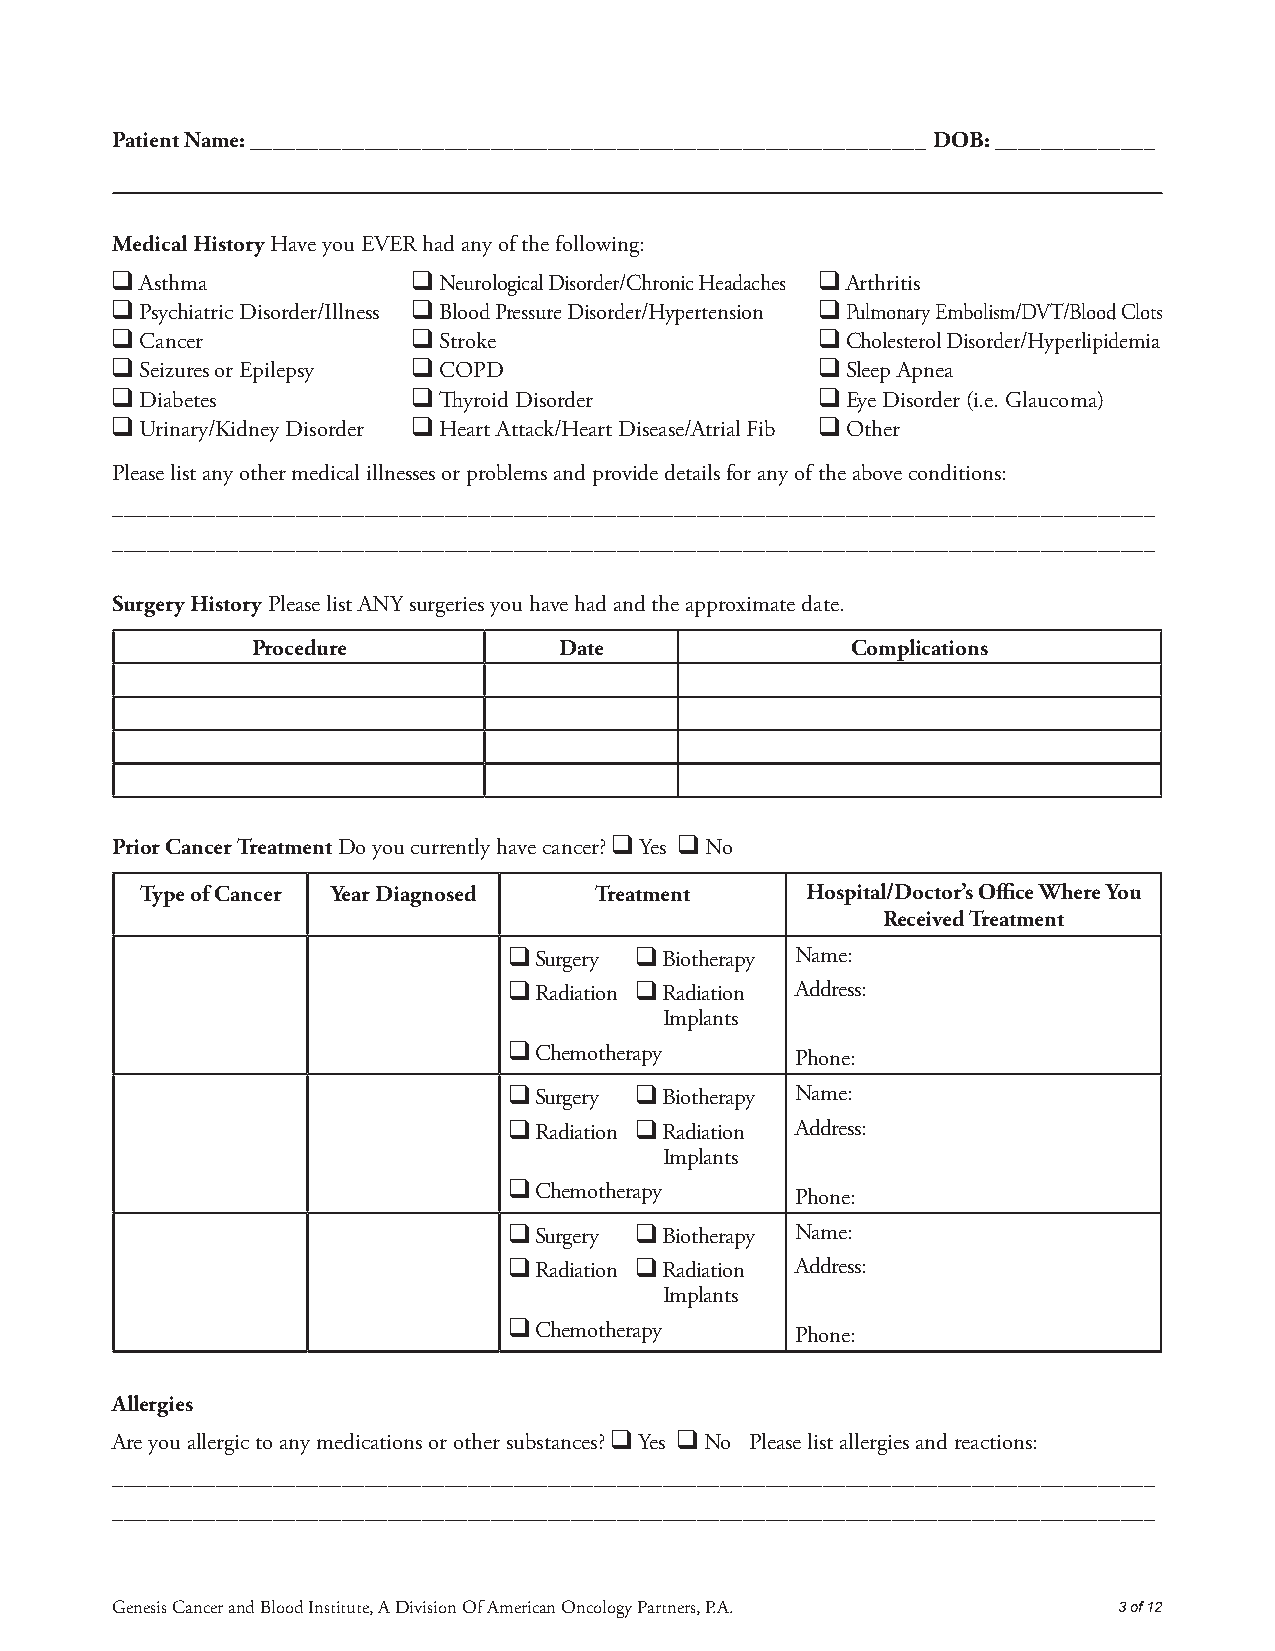
Patient Name: ___________________________________________________________ DOB: ______________
 Medical History Have you EVER had any of the following:
 ❑
 Asthma
 ❑
 Neurological Disorder/Chronic Headaches
 ❑
 Arthritis
 ❑
 Psychiatric Disorder/Illness
 ❑
 Blood Pressure Disorder/Hypertension
 ❑
 Pulmonary Embolism/DVT/Blood Clots
 ❑
 Cancer
 ❑
 Stroke
 ❑
 Cholesterol Disorder/Hyperlipidemia
 ❑
 Seizures or Epilepsy
 ❑
 COPD
 ❑
 Sleep Apnea
 ❑
 Diabetes
 ❑
 Thyroid Disorder
 ❑
 Eye Disorder (i.e. Glaucoma)
 ❑
 Urinary/Kidney Disorder
 ❑
 Heart Attack/Heart Disease/Atrial Fib
 ❑
 Other
 Please list any other medical illnesses or problems and provide details for any of the above conditions:
 ___________________________________________________________________________________________
 ___________________________________________________________________________________________
 Surgery History Please list ANY surgeries you have had and the approximate date.
 Procedure           Date               Complications
 Prior Cancer Treatment Do you currently have cancer?
 ❑
 Yes
 ❑
 No
 Type of Cancer Year Diagnosed Treatment     Hospital/Doctor’s Office Where You
 Received Treatment
 ❑ Surgery ❑ Biotherapy Name:
 ❑ Radiation ❑ Radiation Address:
 Implants
 ❑
 Chemotherapy      Phone:
 ❑ Surgery ❑ Biotherapy Name:
 ❑ Radiation ❑ Radiation Address:
 Implants
 ❑
 Chemotherapy      Phone:
 ❑ Surgery ❑ Biotherapy Name:
 ❑ Radiation ❑ Radiation Address:
 Implants
 ❑
 Chemotherapy      Phone:
 Allergies
 Are you allergic to any medications or other substances?
 ❑
 Yes
 ❑
 No Please list allergies and reactions:
 ___________________________________________________________________________________________
 ___________________________________________________________________________________________
 Genesis Cancer and Blood Institute, A Division Of American Oncology Partners, P.A. 3 of 12